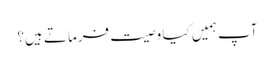
آپ ہمیں کیا وصیت فرماتے ہیں؟